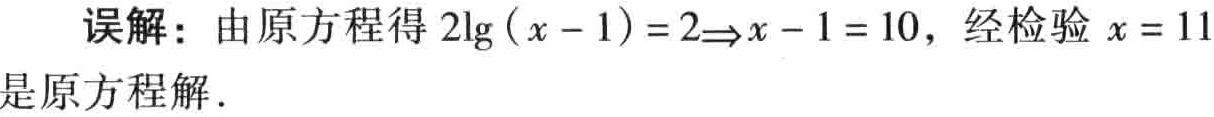
误解：由原方程得 \(2\lg(x - 1)=2\Rightarrow x - 1 = 10\)，经检验 \(x = 11\)是原方程解．